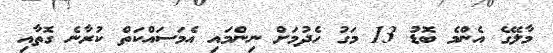
މާލޭގެ އެންމެ ބޮޑު 13 މަގު ހެދުމަށް ނިންމައި އެމަސައްކަތް ކުރާނެ ގޮތާއި